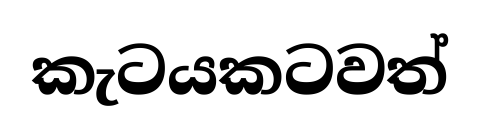
කැටයකටවත්